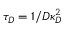
\tau _ { D } = 1 / D \kappa _ { D } ^ { 2 }